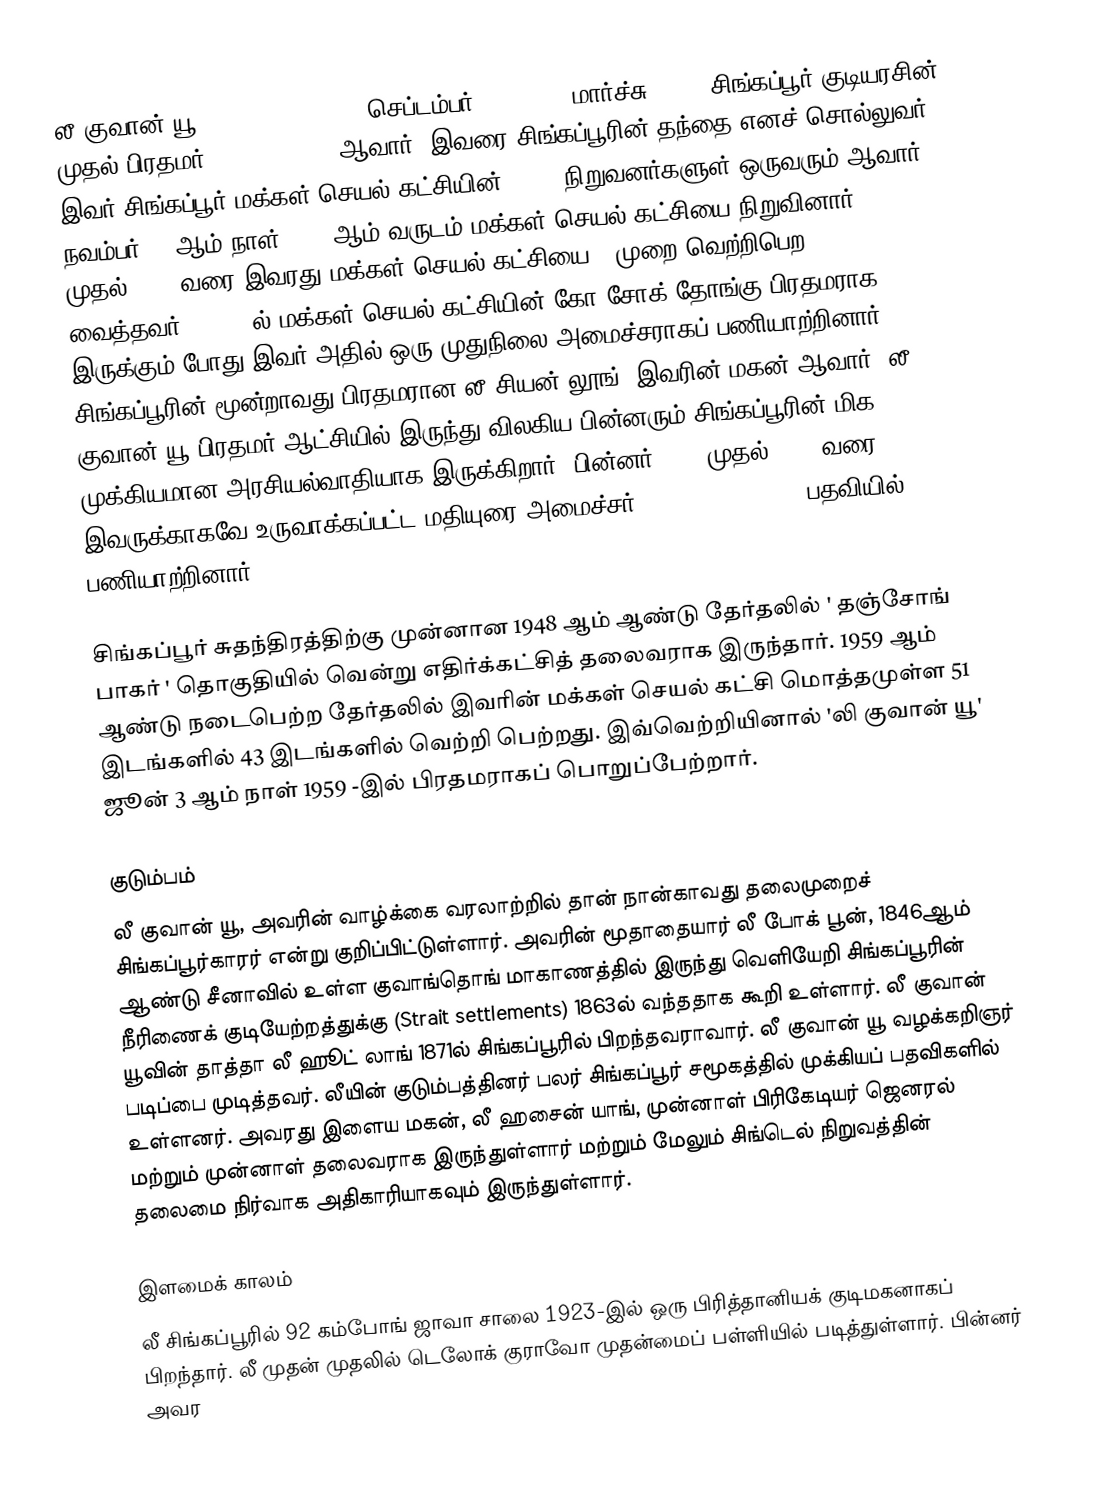
லீ குவான் யூ (Lee Kuan Yew, 16 செப்டம்பர் 1923 - 23 மார்ச்சு 2015) சிங்கப்பூர் குடியரசின் முதல் பிரதமர் (1959 - 1990) ஆவார். இவரை சிங்கப்பூரின் தந்தை எனச் சொல்லுவர். இவர் சிங்கப்பூர் மக்கள் செயல் கட்சியின் (PAP) நிறுவனர்களுள் ஒருவரும் ஆவார். நவம்பர் 12 ஆம் நாள் 1954 ஆம் வருடம் மக்கள் செயல் கட்சியை நிறுவினார். 1959 முதல் 1990 வரை இவரது மக்கள் செயல் கட்சியை 7 முறை வெற்றிபெற வைத்தவர்.1990 - ல் மக்கள் செயல் கட்சியின் கோ சோக் தோங்கு பிரதமராக இருக்கும் போது இவர் அதில்  ஒரு முதுநிலை அமைச்சராகப் பணியாற்றினார். சிங்கப்பூரின் மூன்றாவது பிரதமரான லீ சியன் லூங், இவரின் மகன் ஆவார். லீ குவான் யூ பிரதமர் ஆட்சியில் இருந்து விலகிய பின்னரும் சிங்கப்பூரின் மிக முக்கியமான அரசியல்வாதியாக இருக்கிறார். பின்னர் 2004 முதல் 2011 வரை  இவருக்காகவே உருவாக்கப்பட்ட மதியுரை அமைச்சர் (Minister Mentor) பதவியில் பணியாற்றினார்.

சிங்கப்பூர் சுதந்திரத்திற்கு முன்னான 1948 ஆம் ஆண்டு தேர்தலில் ' தஞ்சோங் பாகர் '  தொகுதியில் வென்று எதிர்க்கட்சித் தலைவராக இருந்தார். 1959 ஆம் ஆண்டு நடைபெற்ற தேர்தலில் இவரின் மக்கள் செயல் கட்சி மொத்தமுள்ள 51 இடங்களில் 43 இடங்களில் வெற்றி பெற்றது. இவ்வெற்றியினால் 'லி குவான் யூ' ஜூன் 3 ஆம் நாள் 1959 -இல் பிரதமராகப் பொறுப்பேற்றார்.

குடும்பம்
லீ குவான் யூ, அவரின் வாழ்க்கை வரலாற்றில் தான் நான்காவது தலைமுறைச் சிங்கப்பூர்காரர் என்று குறிப்பிட்டுள்ளார். அவரின் மூதாதையார் லீ போக் பூன், 1846ஆம் ஆண்டு சீனாவில் உள்ள குவாங்தொங் மாகாணத்தில் இருந்து வெளியேறி சிங்கப்பூரின் நீரிணைக் குடியேற்றத்துக்கு (Strait settlements) 1863ல் வந்ததாக கூறி உள்ளார். லீ குவான் யூவின் தாத்தா லீ ஹூட் லாங் 1871ல் சிங்கப்பூரில் பிறந்தவராவார். லீ குவான் யூ வழக்கறிஞர் படிப்பை முடித்தவர். லீயின் குடும்பத்தினர் பலர் சிங்கப்பூர் சமூகத்தில் முக்கியப் பதவிகளில் உள்ளனர். அவரது இளைய மகன், லீ ஹசைன் யாங், முன்னாள் பிரிகேடியர் ஜெனரல் மற்றும் முன்னாள் தலைவராக இருந்துள்ளார் மற்றும் மேலும் சிங்டெல் நிறுவத்தின் தலைமை நிர்வாக அதிகாரியாகவும் இருந்துள்ளார்.

இளமைக் காலம்
லீ சிங்கப்பூரில் 92 கம்போங் ஜாவா சாலை 1923-இல் ஒரு பிரித்தானியக் குடிமகனாகப் பிறந்தார். லீ முதன் முதலில் டெலோக் குராவோ முதன்மைப் பள்ளியில் படித்துள்ளார். பின்னர் அவர